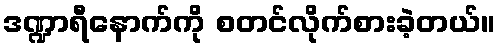
ဒဏ္ဍာရီနောက်ကို စတင်လိုက်စားခဲ့တယ်။